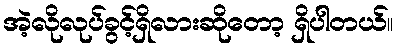
အဲ့လိုလုပ်ခွင့်ရှိလားဆိုတော့ ရှိပါတယ်။